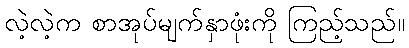
လဲ့လဲ့က စာအုပ်မျက်နှာဖုံးကို ကြည့်သည်။